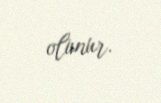
olunur.